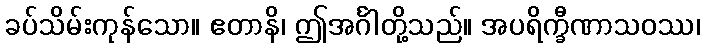
ခပ်သိမ်းကုန်သော။ ဧတာနိ၊ ဤအင်္ဂါတို့သည်။ အပရိက္ခီဏာသဝဿ၊